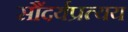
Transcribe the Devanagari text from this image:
सौंदर्यप्रत्यय